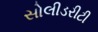
સોલીડરીટી